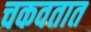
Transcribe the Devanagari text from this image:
चकवतात